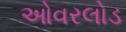
ઓવરલોડ